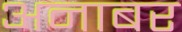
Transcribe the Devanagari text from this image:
अनाबर